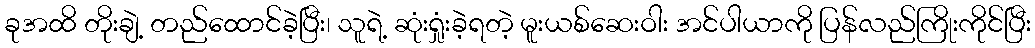
ခုအထိ တိုးချဲ့ တည်ထောင်ခဲ့ပြီး၊ သူရဲ့ ဆုံးရှုံးခဲ့ရတဲ့ မူးယစ်ဆေးဝါး အင်ပါယာကို ပြန်လည်ကြိုးကိုင်ပြီး